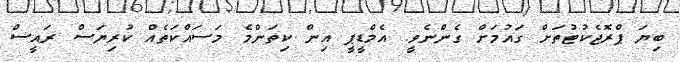
ބިޔަ ޕްރޮޖެކުޓުތަށް ގައުމަށް ގެންނެވީ. އެމްޑީޕީ އިން ކިތަންމެ މަސައްކަތެއް ކުރިޔަސް ރައީސް